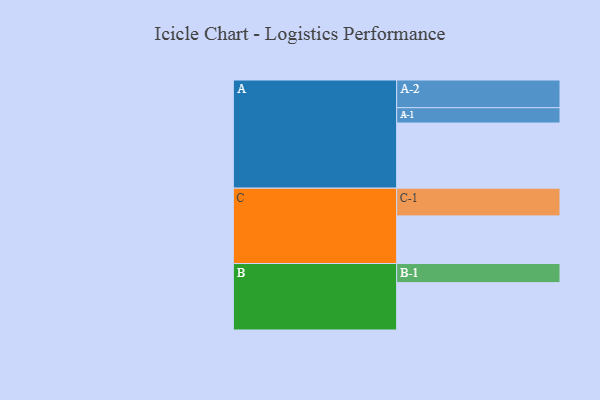
{"axis": {"x": "Segment", "y": "Value"}, "legend": ["", "A", "B", "C"], "data": [{"x": "A", "y": 484, "type": ""}, {"x": "B", "y": 352, "type": ""}, {"x": "C", "y": 354, "type": ""}, {"x": "A-1", "y": 114, "type": "A"}, {"x": "A-2", "y": 206, "type": "A"}, {"x": "B-1", "y": 142, "type": "B"}, {"x": "C-1", "y": 206, "type": "C"}]}